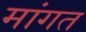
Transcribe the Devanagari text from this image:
मांगत